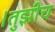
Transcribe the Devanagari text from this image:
।तुझीच